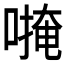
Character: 𱔅